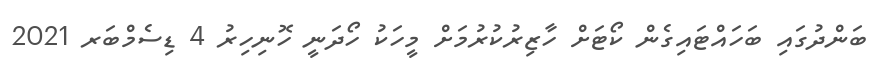
ބަންދުގައި ބަހައްޓައިގެން ކޯޓަށް ހާޒިރުކުރުމަށް މީހަކު ހޯދަނީ ހޮނިހިރު 4 ޑިސެމްބަރ 2021